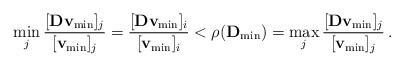
LaTeX: \begin{align*} \min_j \frac{[\mathbf{D}\mathbf{v}_{\min}]_j}{[\mathbf{v}_{\min}]_j} =\frac{[\mathbf{D}\mathbf{v}_{\min}]_i}{[\mathbf{v}_{\min}]_i} < \rho(\mathbf{D}_{\min}) = \max_j \frac{[\mathbf{D}\mathbf{v}_{\min}]_j}{[\mathbf{v}_{\min}]_j}\,.\end{align*}